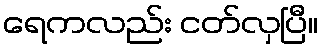
ရေကလည်း ငတ်လှပြီ။